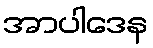
အာပါဒေန